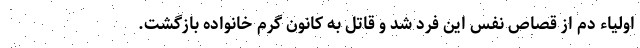
اولیاء دم از قصاص نفس این فرد شد و قاتل به کانون گرم خانواده بازگشت.